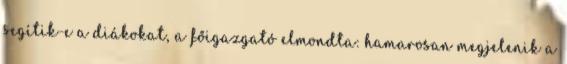
segítik-e a diákokat, a főigazgató elmondta: hamarosan megjelenik a